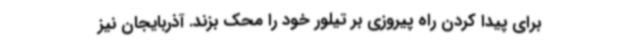
برای پیدا کردن راه پیروزی بر تیلور خود را محک بزند. آذربایجان نیز